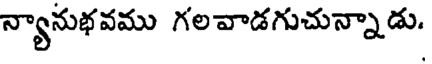
న్యానుభవము గలవాడగుచున్నాడు.